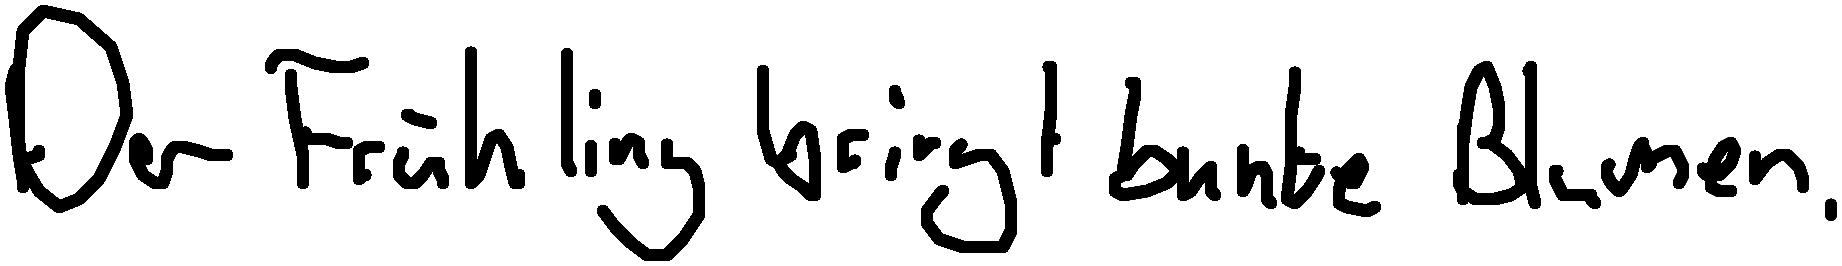
Der Frühling bringt bunte Blumen.